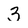
Character: 3